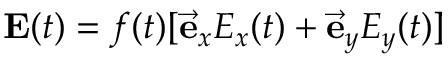
\mathbf { E } ( t ) = f ( t ) [ \vec { \mathbf { e } } _ { x } E _ { x } ( t ) + \vec { \mathbf { e } } _ { y } E _ { y } ( t ) ]